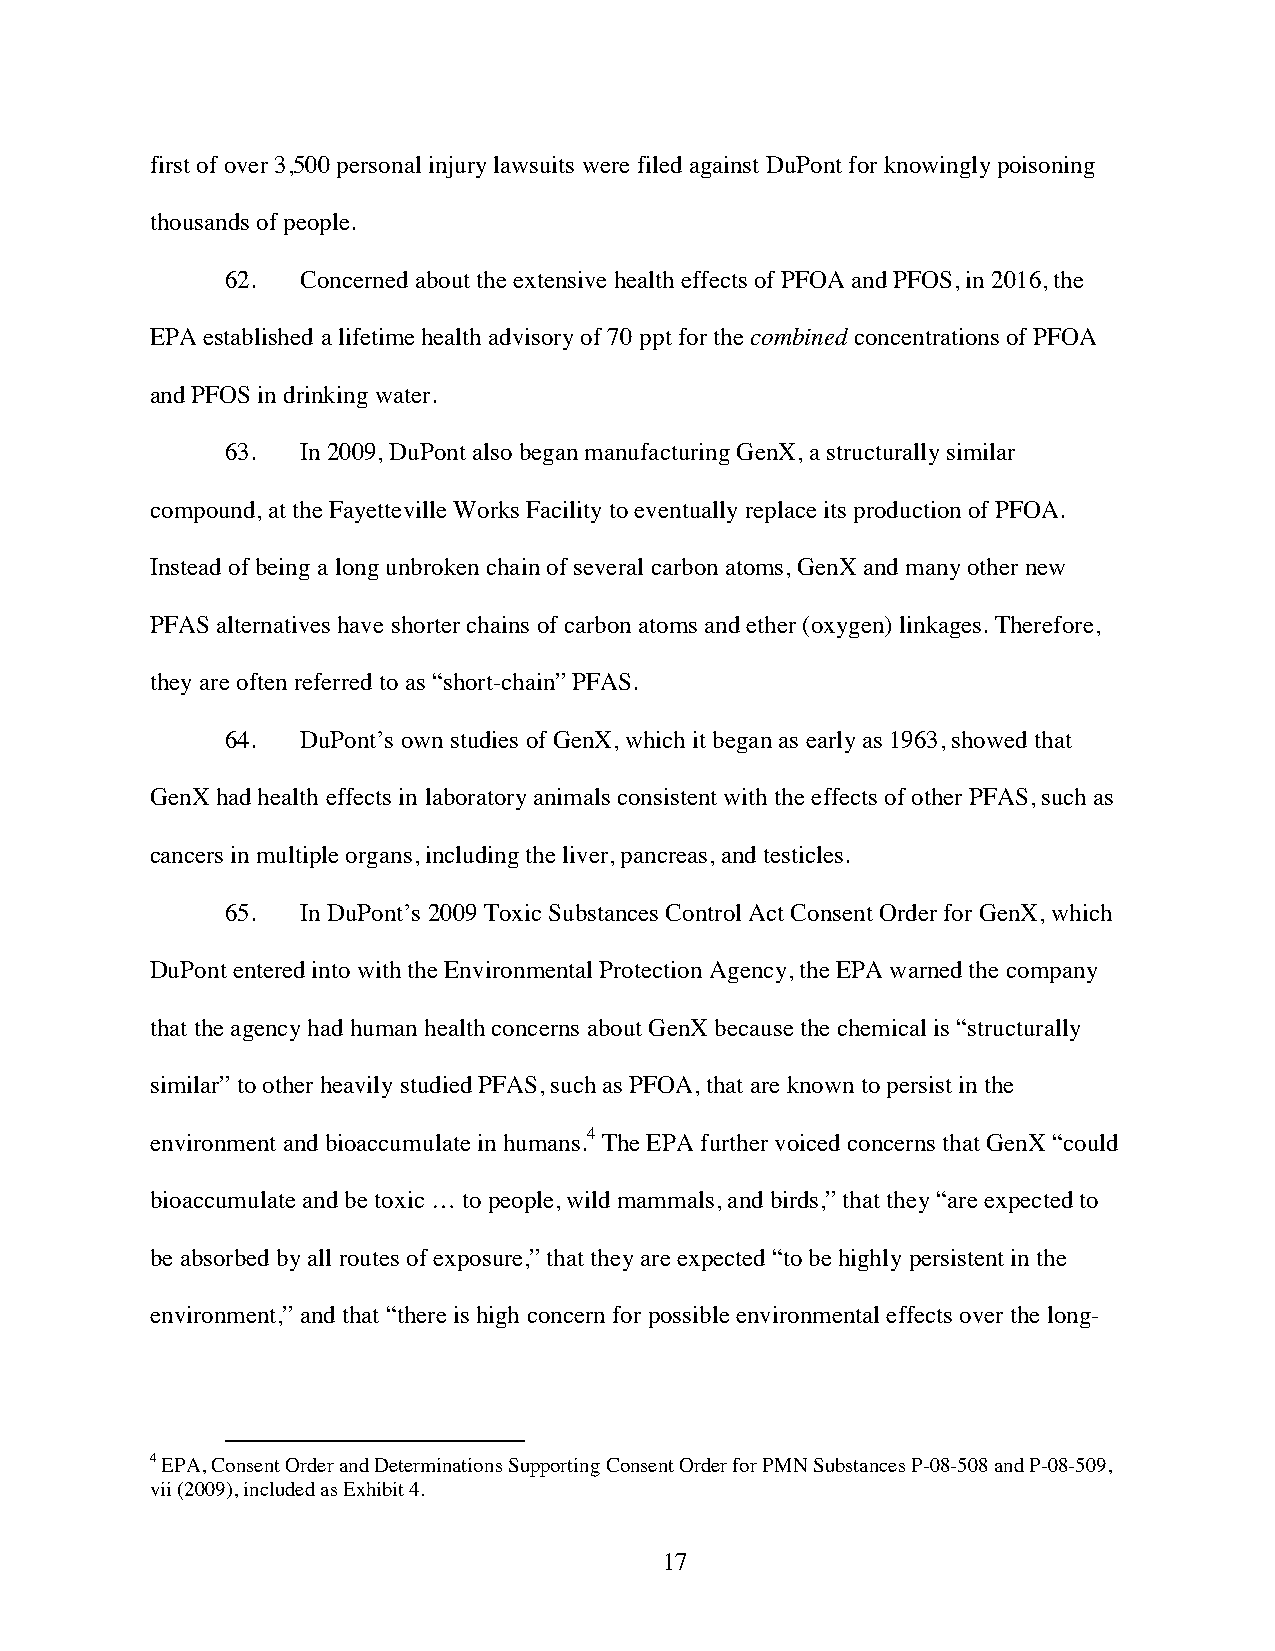
first of over 3,500 personal injury lawsuits were filed against DuPont for knowingly poisoning
 thousands of people.
 62.  Concerned about the extensive health effects of PFOA and PFOS, in 2016, the
 EPA established a lifetime health advisory of 70 ppt for the combined concentrations of PFOA
 and PFOS in drinking water.
 63.  In 2009, DuPont also began manufacturing GenX, a structurally similar
 compound, at the Fayetteville Works Facility to eventually replace its production of PFOA.
 Instead of being a long unbroken chain of several carbon atoms, GenX and many other new
 PFAS alternatives have shorter chains of carbon atoms and ether (oxygen) linkages. Therefore,
 they are often referred to as “short-chain” PFAS.
 64.  DuPont’s own studies of GenX, which it began as early as 1963, showed that
 GenX had health effects in laboratory animals consistent with the effects of other PFAS, such as
 cancers in multiple organs, including the liver, pancreas, and testicles.
 65.  In DuPont’s 2009 Toxic Substances Control Act Consent Order for GenX, which
 DuPont entered into with the Environmental Protection Agency, the EPA warned the company
 that the agency had human health concerns about GenX because the chemical is “structurally
 similar” to other heavily studied PFAS, such as PFOA, that are known to persist in the
 environment and bioaccumulate in humans.4 The EPA further voiced concerns that GenX “could
 bioaccumulate and be toxic … to people, wild mammals, and birds,” that they “are expected to
 be absorbed by all routes of exposure,” that they are expected “to be highly persistent in the
 environment,” and that “there is high concern for possible environmental effects over the long-
 4 EPA, Consent Order and Determinations Supporting Consent Order for PMN Substances P-08-508 and P-08-509,
 vii (2009), included as Exhibit 4.
 17